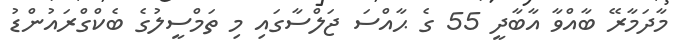
މާދަމާރޭ ބާއްވާ އާބާދީ 55 ގެ ޙާއްސަ ޖަލްސާގައި މި ތަމްސީލުގެ ބެކްގްރައުންޑު